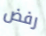
رفض